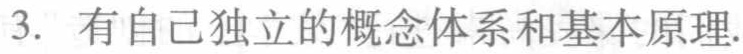
3. 有自己独立的概念体系和基本原理.